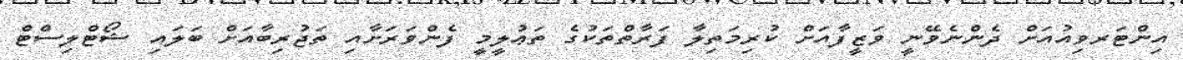
އިންޓަރވިއުއަށް ދެންނެވޭނީ ވަޒީފާއަށް ކުރިމަތިލާ ފަރާތްތަކުގެ ތަޢުލީމީ ފެންވަރަށާއި ތަޖުރިބާއަށް ބަލައި ޝޯޓްލިސްޓް